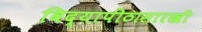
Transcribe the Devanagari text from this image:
विद्यापीठासारखी